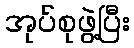
အုပ်စုဖွဲ့ပြီး